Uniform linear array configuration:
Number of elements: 64
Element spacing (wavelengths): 1
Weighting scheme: kaiser
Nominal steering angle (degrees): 45
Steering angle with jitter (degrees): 44.258
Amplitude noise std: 0.05
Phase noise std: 0.05

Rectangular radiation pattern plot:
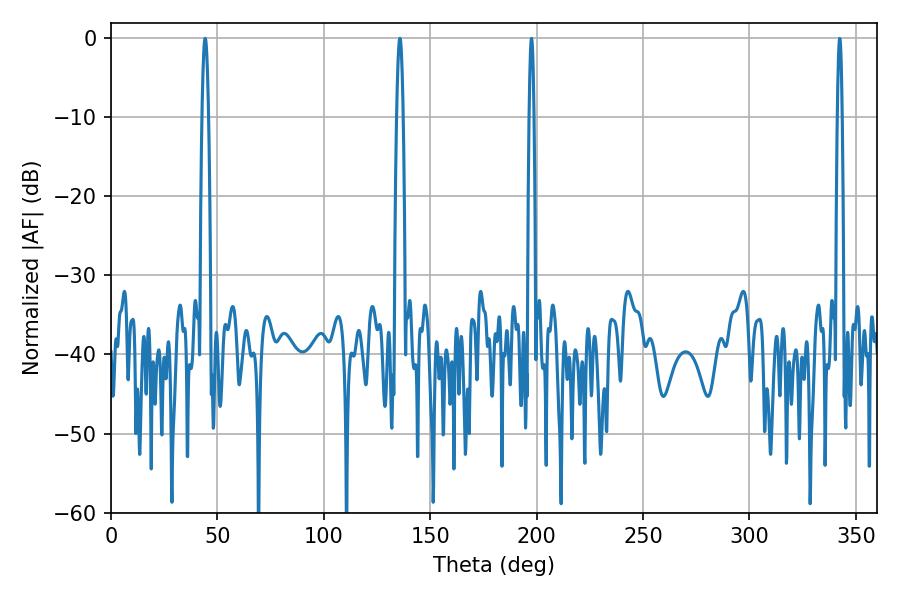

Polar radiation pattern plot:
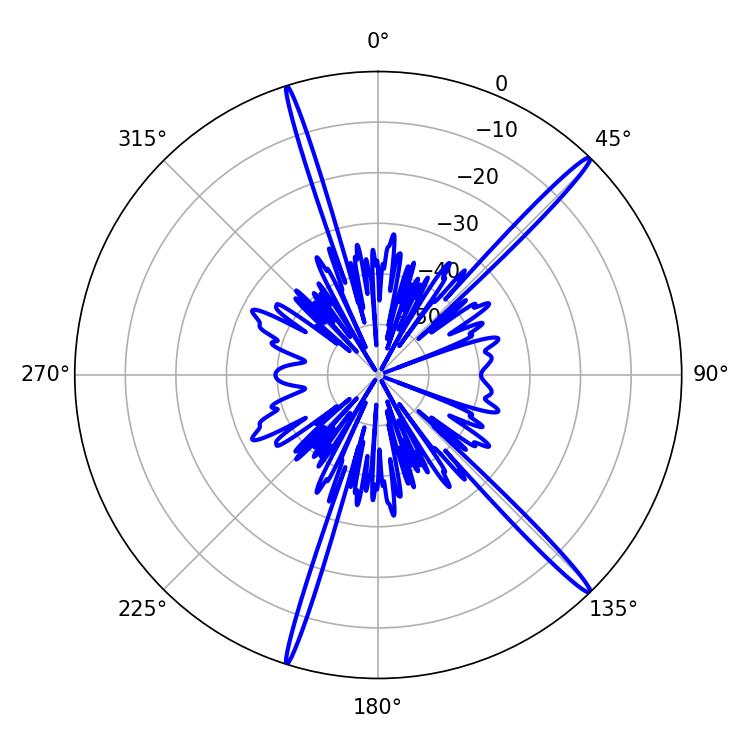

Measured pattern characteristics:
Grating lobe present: TRUE
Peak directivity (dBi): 18.143
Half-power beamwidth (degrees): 1.62
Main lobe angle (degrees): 44.28